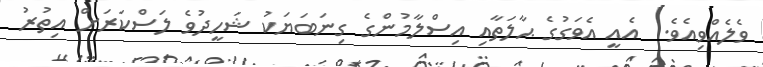
ވެލެއްވިއެވެ.  އެއީ އެވަގުގެ ޙާލަތާއި އިސްލާމުންގެ ގިނަބަޔަކު ޝަހީދުވެ ލަސްކަރަށް އިތުރު